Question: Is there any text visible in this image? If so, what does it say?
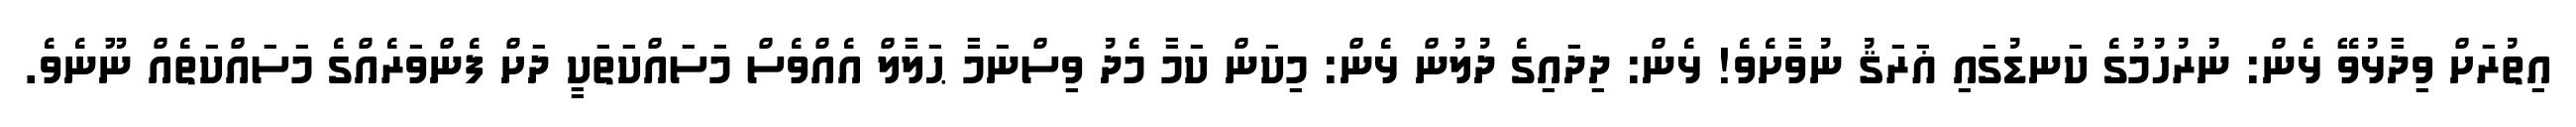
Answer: އިތުރަށް ވިދާޅުވޭ ޅެން: ނުރުހުމުގެ ކަނޑުގައި ޣަރަޤު ނުވާށެވެ! ޅެން: ދިދައިގެ ދުލުން ޅެން: މިކަން ކަމާ މެދު ވިސްނަމާ ޙަލާލް އެއްވެސް މަސައްކަތަކީ ދަށް ފެންވަރެއްގެ މަސައްކަތެއް ނޫނެވެ.